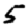
Digit: 5